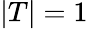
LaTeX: \lvert T\rvert=1